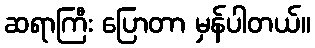
ဆရာကြီး ပြောတာ မှန်ပါတယ်။